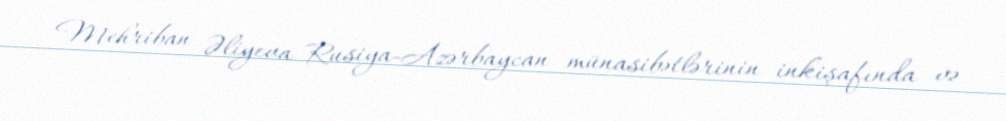
Mehriban Əliyeva Rusiya-Azərbaycan münasibətlərinin inkişafında və